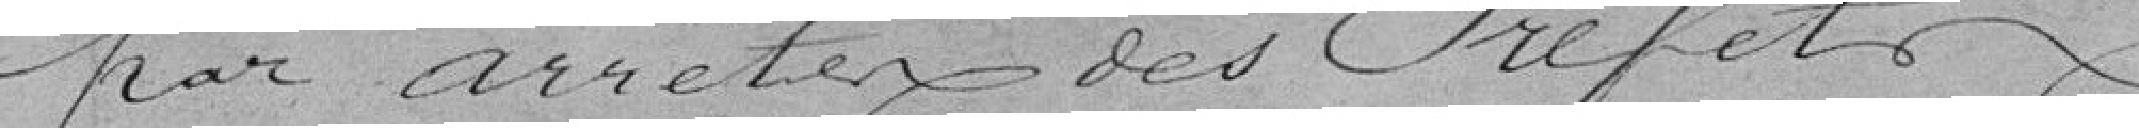
par arrêtés des Préfets.